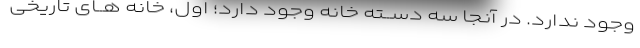
وجود ندارد. در آنجا سه دســته خانه وجود دارد؛ اول، خانه هــای تاریخی